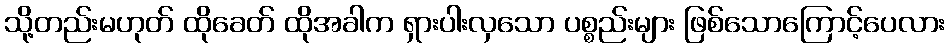
သို့တည်းမဟုတ် ထိုခေတ် ထိုအခါက ရှားပါးလှသော ပစ္စည်းများ ဖြစ်သောကြောင့်ပေလား